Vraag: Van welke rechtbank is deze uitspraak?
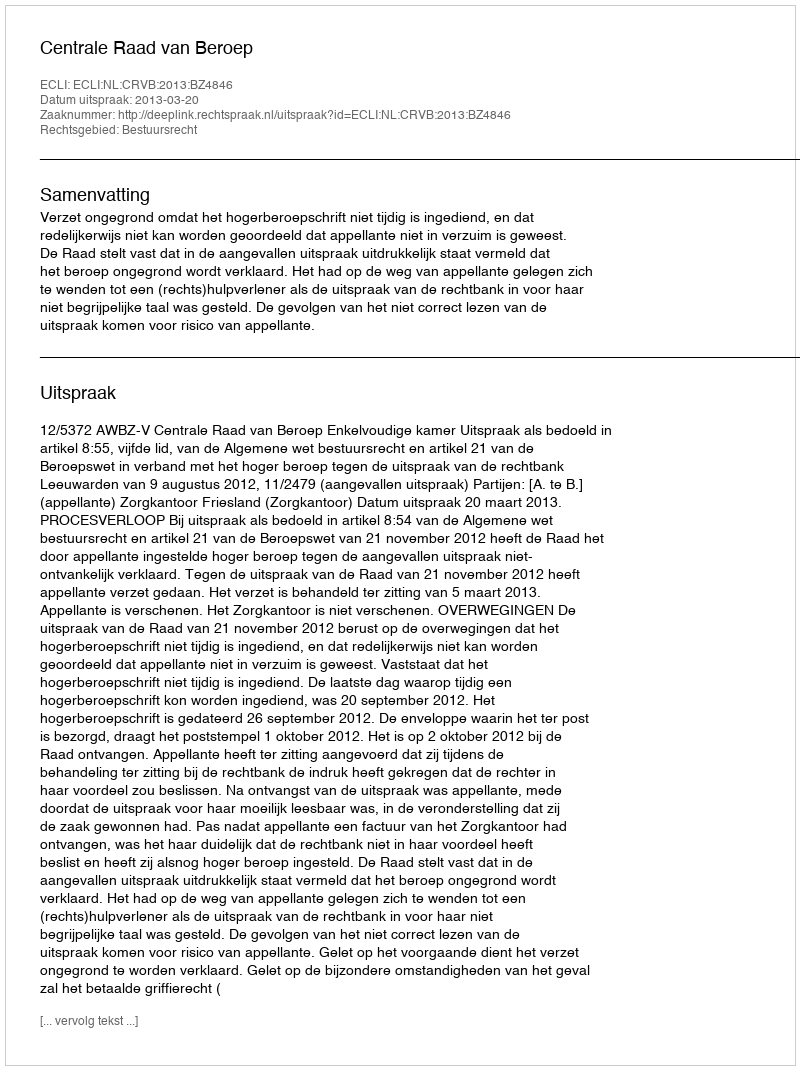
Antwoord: Centrale Raad van Beroep